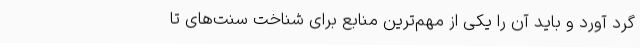
گرد آورد و باید آن را یکی از مهم‌ترین منابع برای شناخت سنت‌های تا